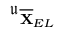
\mathfrak { u } _ { \overline { { \mathbf { X } } } _ { E L } }